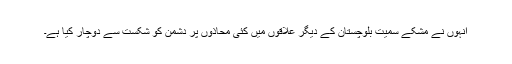
انہوں نے مشکے سمیت بلوچستان کے دیگر علاقوں میں کئی محاذوں پر دشمن کو شکست سے دوچار کیا ہے۔